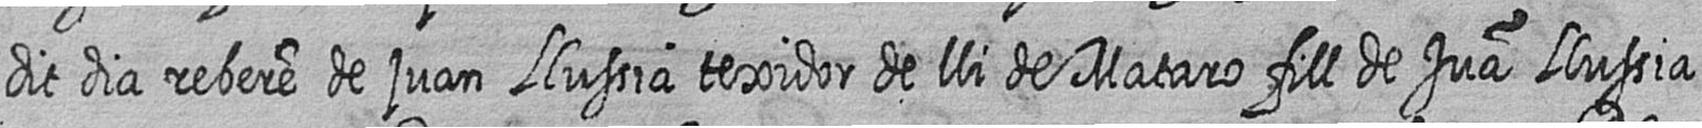
dit dia rebere de juan Llussia texidor de lli de Mataro fill de Jua Llussia